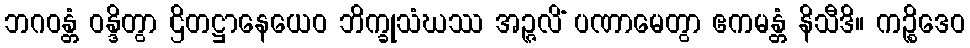
ဘဂဝန္တံ ဝန္ဒိတွာ ဌိတဋ္ဌာနေယေဝ ဘိက္ခုသံဃဿ အဉ္ဇလိံ ပဏာမေတွာ ဧကမန္တံ နိသီဒိ။ ကဉ္စိဒေဝ